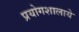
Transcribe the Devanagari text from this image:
प्रयोगशालाये